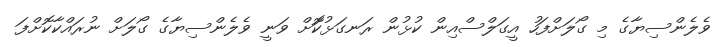
ވެލެންސިޔާގެ މި ގޯލަށްފަހު އީގަލްސްއިން ކުޅުން ރަނގަޅުކޮަށް ވަނީ ވެލެންސިޔާގެ ގޯލަށް ނުރައްކާކޮށްފަ